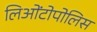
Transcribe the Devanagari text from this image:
लिओंटोपोलिस